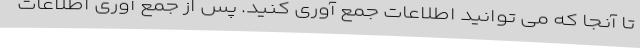
تا آنجا که می توانید اطلاعات جمع آوری کنید. پس از جمع آوری اطلاعات